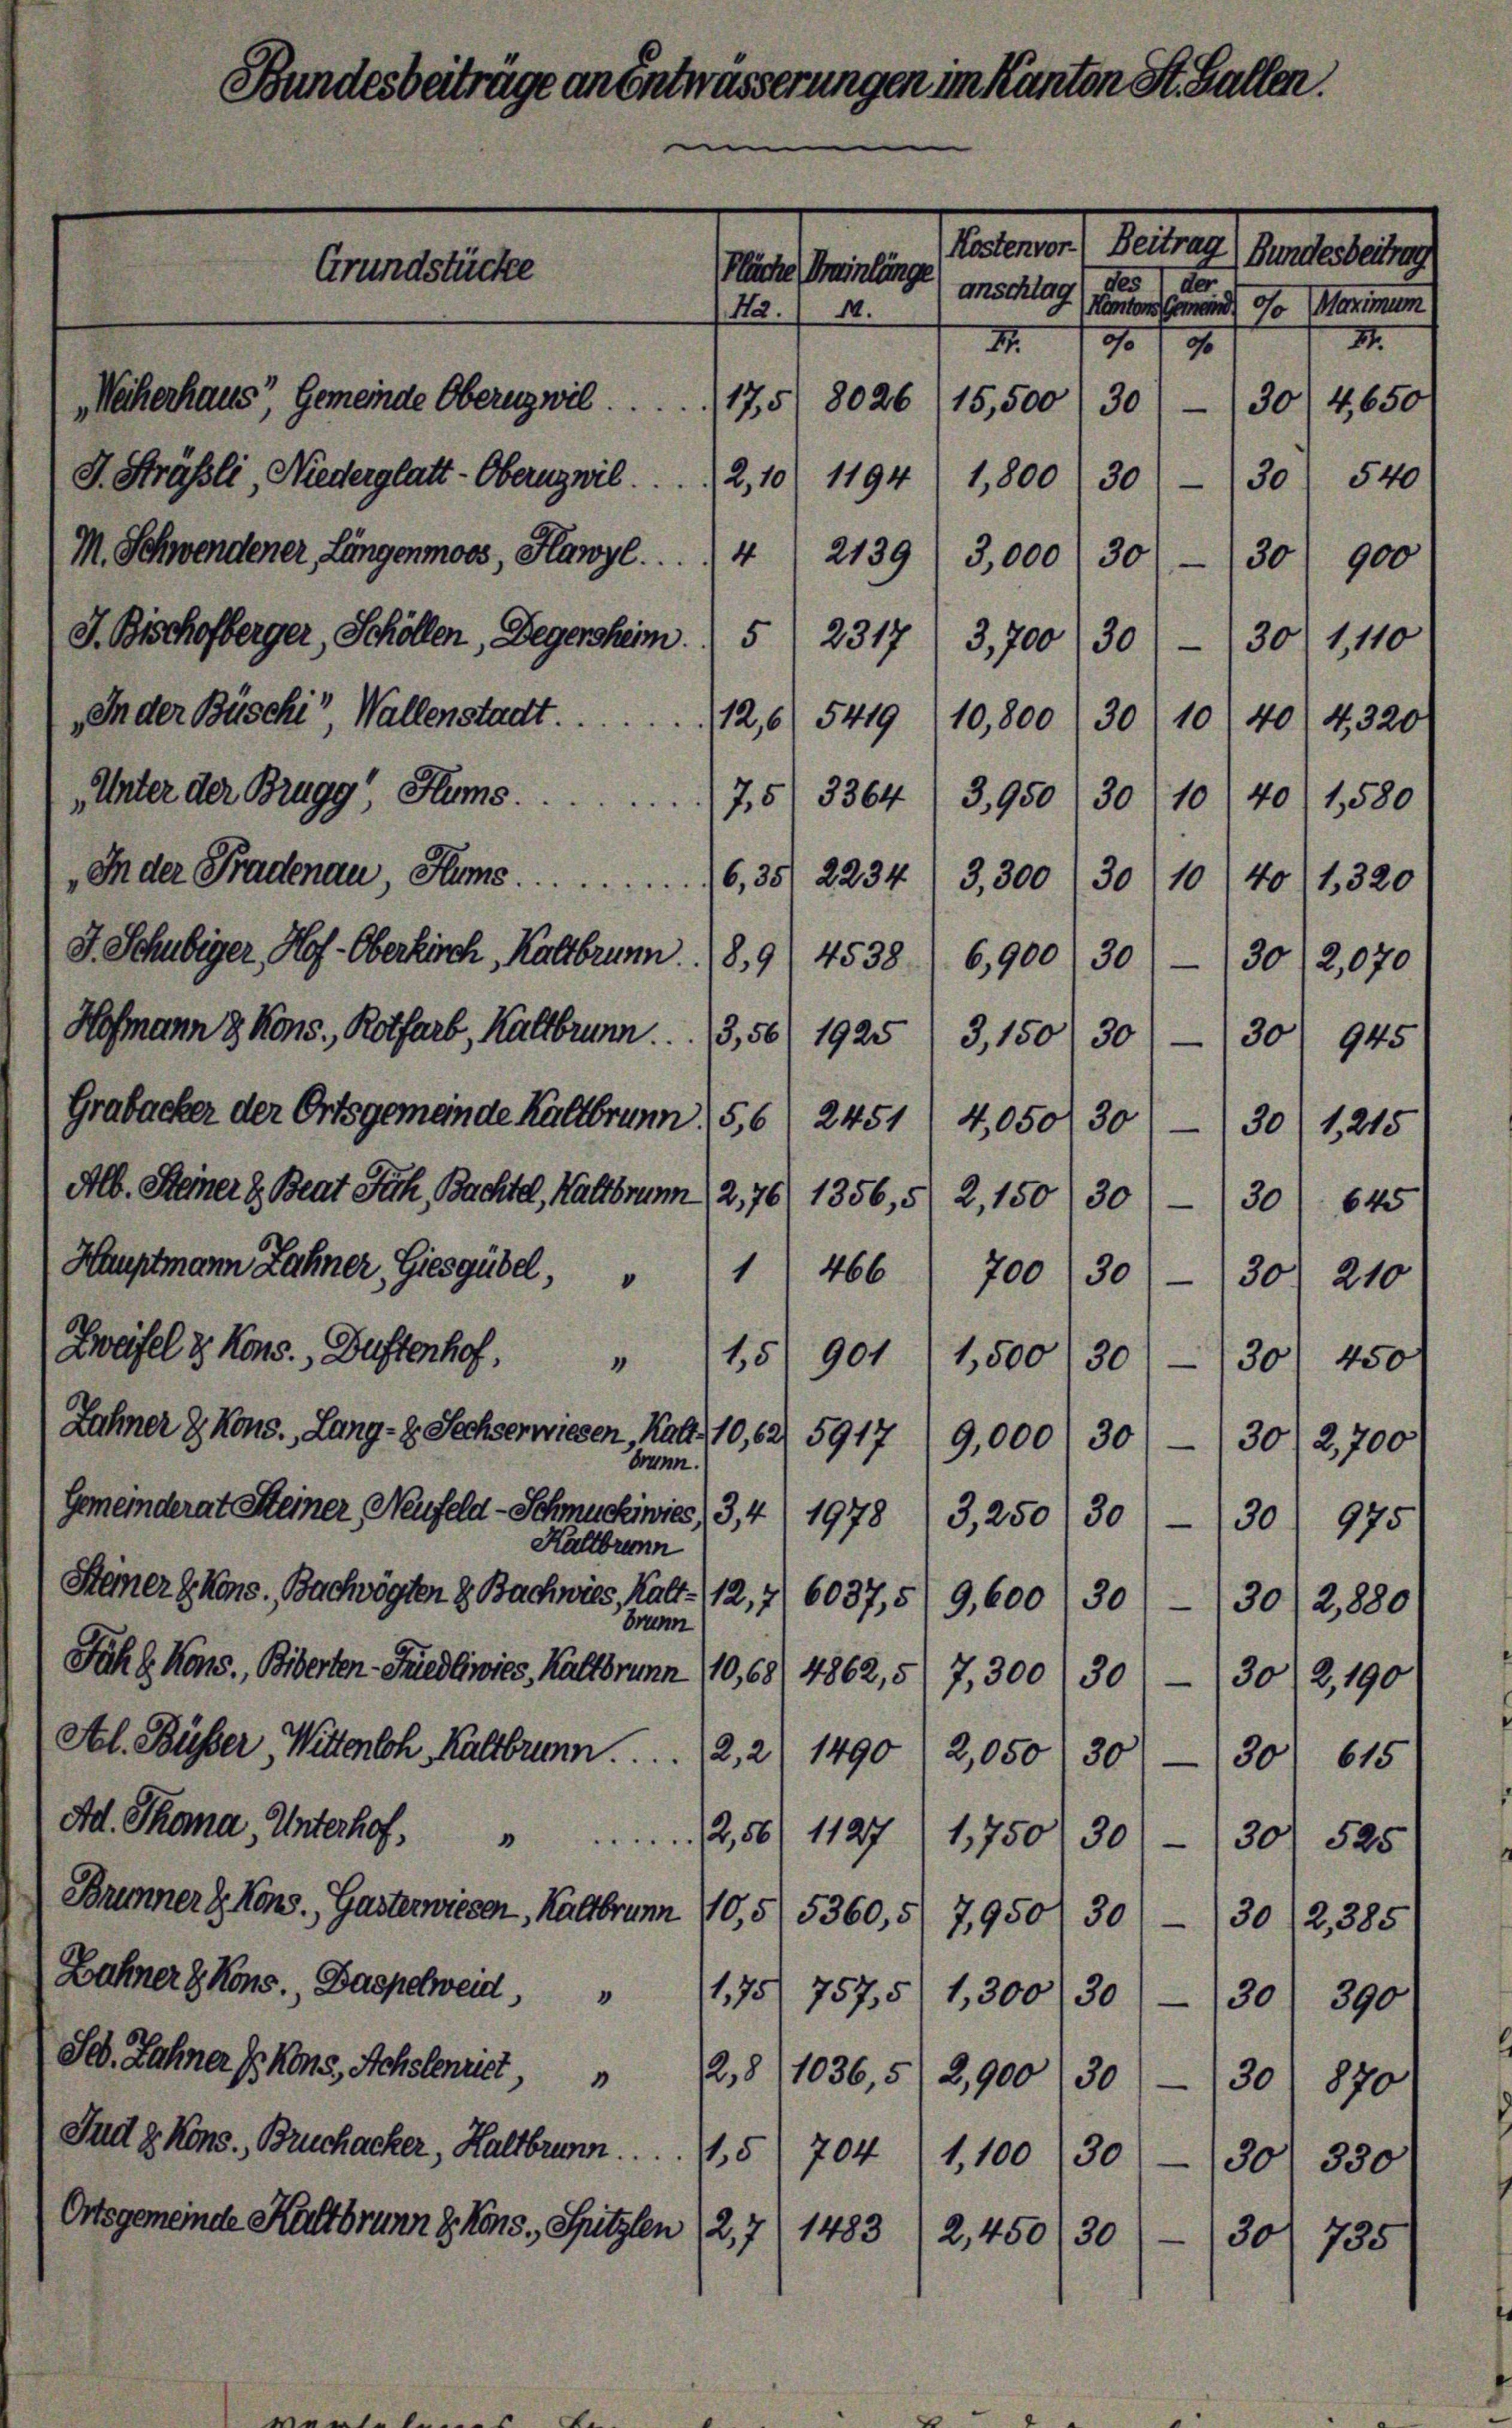
Inder Büschi, Wallenstadt. 12,6) 5419/10,800 (30/10 (40) 4, 320
In der Pradenau, Ham ........ 6, 35 2234/3,300 (30 (10 (40/1,320
J. Schubiger, Hof-Oberkirch, Kaltbrunn 189 (4538 (6,900 (30) (30/2,070
Hofmann & Kons., Rotfarb, Kaltbrunn... 3,56) 1925 (3,150/30 — 30 945
Grabacker der Ortsgemeinde Kaltbrunn 5,6 (2451) 4,050
Alb. Steiner & Beat Fuch, Bachtel, Kaltbrunn 2,70/ 1356, § 2, 150 30-30 645
Hauptmann Zähner, Giesgübel, " 1466 700 30- (30 210
Zweifel & Kons. Buttenhof,
“

anschlag
N./14.
10 f 9
I
15,500
30
—
30
1040 1,580
30/1215
15 901 (1,500 /301 (30) 450
Zähner & Kons. Lang- 2. Sechserwiesen, Mad. 10, 62. 5917 (9,000 30) — (30/ 2,700
Brunn
Gemeinderat Steiner Neufeld-Schmuckiwies) 3,4
1978 13,250/30) (30) 975
Kaltbrunn
Steiner Kons. Bachvögten & Bachwies, Kalt- 12,7) 6037,5 9,600 (30 - 30/2,880)
Brenn
Fahl Kons. Biberten-Fried Gwies, Kaltbrunn (10,68/ 4862, 5/7,300) 30 — (30 (2,190
Al. Büsser, Wittenloh. Kaltbrunn . . . . . 2, 2 1490 2,050 30-130) 615
Ad. Thoma, Unterhof                  2,56/ 1127 1,750 30- (30 525
Brunner z. Kons. Gasterwiesen, Kaltbrunn 10,5/ 5360,5/7,950/30//30/2,385
Bahner Kons., Baspelweid, " 475 757,5) 1,300) 30) — (30
390
S. Zahner J. Mons. Achslenriet, " 218 1036,5 2,900 (30 (30 870
Saute Kons. Bruchacker, Haltbrunn . . . . . . 5704 (1,100 (30 - 30) 330
Ortsgemeinde Kaltbrunn z. Kons. Spitzlen
127
1483 (2,450
30
30/ 735

Unter der Brugg Hums7,5/ 3364 (3,950

undesbeiträge am

Grundstücke

Weckerhaus, Gemeinde Oberg wil.175/ 8026
J. Sträßli, Niederglatt-Oberngwil. ..  2,10/1194) 1,800  30 (30 540
M. Schwendener Längenmoos, Hawyl . . . . 4 2139/ 3,000 30-30 900
J. Bischofberger, Schöllen, Degensheim. 5 2317 (3,700/30 - 30 1,110

Entwässerungen im Kanton St. Gallen

Sentinen Betrag
ma

30

Bundesbeitrag
denen und 10 Marien
II.
30/4,650